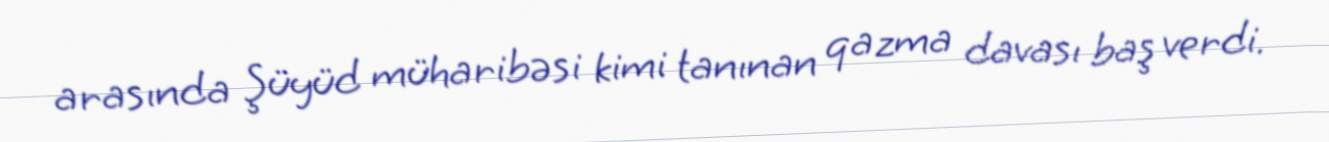
arasında Şüyüd müharibəsi kimi tanınan qazma davası baş verdi.